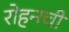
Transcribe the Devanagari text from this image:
रोहनची